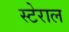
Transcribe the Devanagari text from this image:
स्टेराल